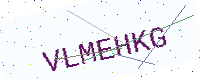
Text: VLMEHKG